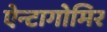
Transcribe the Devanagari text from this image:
ऐन्टागोमिर